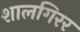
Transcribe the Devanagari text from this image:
शालगिरर